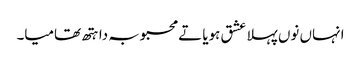
انہاں نوں پہلا عشق ہویا تے محبوبہ دا ہتھ تھامیا۔